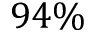
9 4 \%